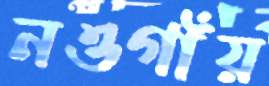
নওগাঁয়